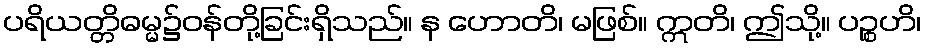
ပရိယတ္တိဓမ္မ၌ဝန်တို့ခြင်းရှိသည်။ န ဟောတိ၊ မဖြစ်။ ဣတိ၊ ဤသို့။ ပဉ္စဟိ၊